Lunatic asylums in Bengal annual reports 1888-1898 - 1888-1898
Year: 1888
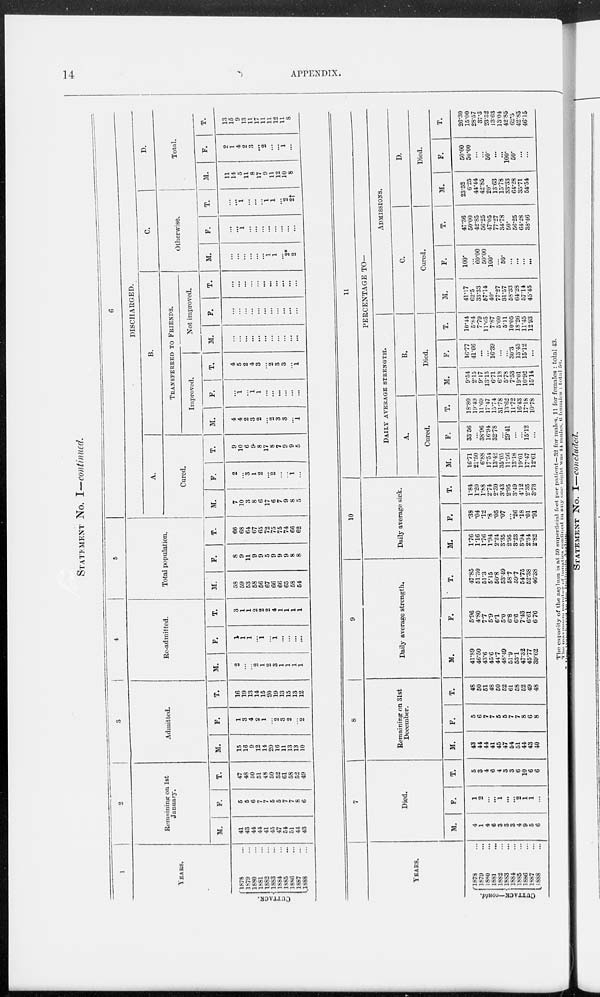
14
APPENDIX.
STATEMENT
NO. I—continued.
1
YEARS.
CUTTACK.
1878 ...
1879 ...
1880 ...
1881 ...
1882 ...
1883 ...
1884 ...
1885 ...
1886 ...
1887 ...
1888 ...
2
Remaining on 1st
January.
M.
41
43
44
44
41
45
47
54
51
44
43
F.
5
5
6
7
7
5
5
7
7
8
6
T.
47
48
50
51
48
50
52
61
58
52
49
3
Admitted.
M.
15
16
9
12
14
20
16
11
13
13
10
F.
1
3
4
2
1
...
2
3
2
...
2
T.
16
19
13
14
15
20
19
13
15
13
12
4
Re-admitted.
M.
2
...
...
2
1
2
3
1
1
1
1
F.
1
1
1
...
1
...
1
...
...
...
...
T.
3
1
1
2
2
2
4
1
1
1
1
5
Total population.
M.
58
59
53
58
56
67
66
66
65
58
54
F.
8
9
11
9
9
5
9
9
9
8
8
T.
66
68
64
67
65
72
75
75
74
66
62
6
DISCHARGED.
A.
Cured.
M.
7
10
3
8
6
17
6
7
9
8
5
F.
2
...
3
1
2
...
2
...
...
1
...
T.
9
10
6
9
8
17
8
7
9
9
5
B.
TRANSFERRED TO FRIENDS.
Improved.
M.
4
4
2
3
2
...
2
3
3
...
1
F.
...
1
...
1
1
...
...
...
...
...
...
T.
4
5
2
4
3
...
2
3
3
...
1
Not improved.
M.
...
...
...
...
...
...
...
...
...
...
...
F.
...
...
...
...
...
...
...
...
...
...
...
T.
...
...
...
...
...
...
...
...
...
...
...
C.
Otherwise.
M.
...
...
...
...
...
...
1
1
...
2*
2
F.
...
...
1
...
...
...
...
...
...
...
...
T.
...
...
1
...
...
...
1
1
...
2
2†
D.
Total.
M.
11
14
5
11
8
17
9
11
12
10
8
F.
2
1
4
2
3
...
2
...
...
1
...
T.
13
15
9
13
11
17
11
11
12
11
8
YEARS.
CUTTACK—contd.
1878 ...
1879 ...
1880
...
1881
...
1882 ...
1883 ...
1884 ...
1885 ...
1886
...
1887
...
1888 ...
7
Died.
M.
4
1
4
6
3
3
3
4
9
5
6
F.
1
2
...
...
1
...
...
2
1
1
...
T.
5
3
4
6
4
3
3
6
10
6
6
8
Remaining on 31st
December.
M.
43
44
44
41
45
47
54
51
44
43
40
F.
5
6
7
7
5
5
7
7
8
6
8
T.
48
50
51
48
50
52
61
58
52
49
48
9
Daily average strength.
M.
41.89
46.50
43.6
45.6
44.7
48.49
51.9
53.1
47.32
45.77
39.62
F.
5.96
4.80
7.7
5.9
6.1
5.0
6.8
6.6
7.43
6.61
6.70
T.
47.85
51.30
51.3
5.15
50.8
53.49
58.7
59.7
54.75
52.38
46.38
10
Daily average sick.
M.
1.76
1.16
1.76
1.94
2.24
3.35
2.95
3.23
3.94
2.34
2.82
F.
.38
.04
.12
.8
.05
.07
...
.26
.18
.01
.91
T.
1.84
1.20
1.88
2.74
2.30
3.43
2.95
3.49
4.12
2.35
3.73
11
PERCENTAGE TO—
DAILY AVERAGE STRENGTH.
A.
Cured.
M.
16.71
21.50
6.88
17.54
13.42
35.05
11.56
13.18
19.01
17.47
12.61
F.
33.56
...
38.96
16. 94
32.78
...
29.41
...
...
15.12
...
T.
18.80
19.49
11.69
17.47
15.74
31.78
13.62
11.72
16.43
17.18
10.78
B.
Died.
M.
9.51
2.15
9.17
13.15
6.71
6.18
5.78
7.53
19.01
10.92
15.14
F.
16.77
41.66
...
...
16.39
...
...
30.3
13.45
15.12
...
T.
10.14
5.84
7.79
11.65
7.87
5.60
5.11
10.05
18.26
11.45
12.93
ADMISSIONS.
C.
Cured.
M.
41.17
62.5
33.33
57.14
40.
77.27
31.57
58.33
64.28
57.14
45.45
F.
100.
...
60.00
50.00
100.
...
50.
...
...
...
...
T.
47.36
50.00
42.85
56.25
47.05
77.27
34.78
50.
56.25
64.28
38.46
D.
Died.
M.
23.52
6.25
44.44
42.85
20.
13.63
15.78
33.33
61.28
35.71
54.54
F.
50.00
50.00
...
...
50.
...
...
100.
50.
...
...
T.
26.30
15.00
28.57
37.5
23.52
13.63
13.04
42.85
62.3
42.85
46.15
The capacity of the asylum
is at 50 superficial feet per patient —32 for males. 11 for females : total 43.
The maximum number of lunatics confined in any one night was 44 males. 6 females : total 50.
* One transferred to the Dullunda Asylum.